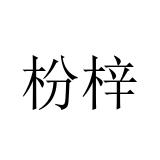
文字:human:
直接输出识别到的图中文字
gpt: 枌梓